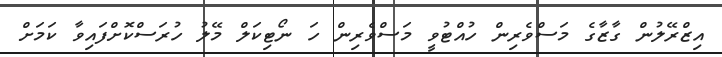
އިޒްރޭލުން ގާޒާގެ މަސްވެރިން ހުއްޓުވީ މަސްވެރިން ހަ ނޯޓިކަލް މޭލު ހުރަސްކޮށްފައިވާ ކަމަށް